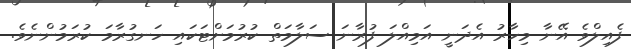
ފެއިލްވެ އޭނާ މިހާރު އެދަނީ އަމިއްލަ ފުރާނަ ސަލާމަތް ކުރުމަށްޓަކައި ހަނގުރާމަ ކުރަމުންނެވެ.